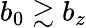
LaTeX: b_{0}\gtrsim b_{z}